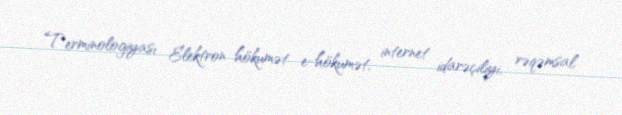
Terminologiyası Elektron hökumət e-hökumət, internet idarəçiliyi, rəqəmsal